Annual report of the Civil Veterinary Department, Bengal, and of the Bengal Veterinary College for the year 1906-1907 - 1906-1907
Year: 1906
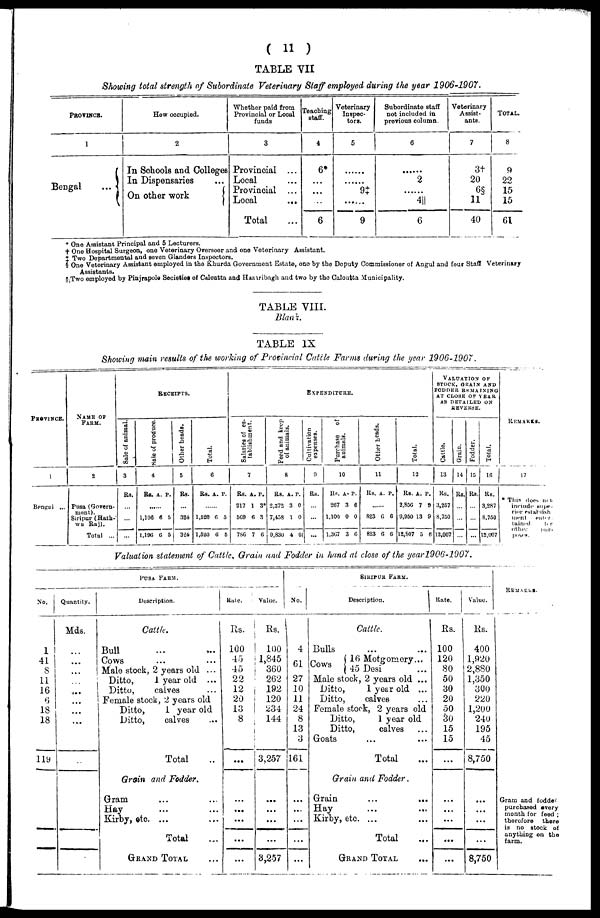
(11)
TABLE VII
Showing total strength of Subordinate Veterinary Staff employed during the year 1906-1907.
PROVINCE.
1
Bengal ...
How occupied.
2
In Schools and Colleges
In Dispensaries ...
On other work
Whether paid from
Provincial or Local
funds
3
Provincial ...
Local ...
Provincial ...
Local
...
Total ...
4
6*
...
...
...
6
Veterinary
Inspec-
tors.
5
......
......
9‡
......
9
Subordinate staff
not included in
previous column.
6
......
2
......
4
6
Veterinary
Assist-
ants.
7
3†
20
6§
11
40
TOTAL.
8
9
22
15
15
61
* One Assistant Principal and 5 Lecturers.
† One Hospital Surgeon, one Veterinary Overseer and one Veterinary Assistant.
‡ Two Departmental and seven Glanders Inspectors.
§ One Veterinary Assistant employed in the Khurda Government Estate, one by the Deputy Commissioner of Angul and four Staff Veterinary
Assistants.
TWO employed by Pinjrapole Societies of Calcutta and Hazaribagh and two by the Calcutta Municipality.
TABLE VIII.
Blank.
TABLE IX
Showing main results of the working of Provincial Cattle Farms during the year 1906-1907.
PROVINCE.
1
Bengal ...
NAME OF
FARM.
2
Pusa (Govern-
ment).
Siripur (Hath-
wa Raj).
Total ...
RECEIPTS.
Sale of animal.
3
Rs.
...
...
...
Sale of produce.
4
Rs. A. P.
......
1,196 6 5
1,196 6 5
Other heads.
5
Rs.
...
324
324
Total.
6
Rs. A. P.
......
1,520 6 5
1,520 6 5
EXPENDITURE.
Salaries of es-
tablishment.
7
Rs. A. P.
217 1 3*
569 6 3
786 7 6
Feed and keep
of animals.
8
Rs. A. P.
2,372 3 0
7,458 1 0
9,830 4 0
Cultivation
expenses.
0
Rs.
...
...
...
Purchase
of
animals.
10
Rs. A. P.
267 3 6
1,100 0 0
1,367 3 6
Other heads.
11
Rs. A. P.
......
823 6 6
823 6 6
Total.
12
Rs. A. P.
2,856 7 9
9,950 13 9
12,807 5 6
VALUATION OF
STOCK, GRAIN AND
FODDER REMAINING
AT CLOSE OP YEAR
AS DETAILED ON
REVERSE.
Cattle.
13
Rs.
3,257
8,750
12,007
Grain.
14
Rs.
...
...
...
Fodder.
15
Rs.
...
...
...
Total.
16
Rs.
3,287
8.750
12,007
REMARKS.
17
* This does not.
include supe-
rior establish
ment
enter-
tained
for
poses.
Valuation statement of Cattle, Grain and Fodder in hand at close of the year 1906-1907.
PUSA FARM.
No.
1
41
8
11
16
6
18
18
119
Quantity.
Mds.
...
...
...
...
...
...
...
...
...
Description.
Cattle.
Bull ... ...
Cows ... ...
Male stock, 2 years old ...
Ditto,
1 year old ...
Ditto,
calves ...
Female stock, 2 years old
Ditto,
1 year old
Ditto,
calves ...
Total ...
Grain and Fodder.
Gram ... ...
Hay ... ...
Kirby, etc. ... ...
Total ...
GRAND TOTAL ...
Rate.
Rs.
100
45
45
22
12
20
13
8
...
...
...
...
...
...
Value.
Rs.
100
1,845
360
262
192
120
234
144
3,257
...
...
...
...
3,257
SIRIPUR FARM.
No.
4
61
27
10
11
24
8
13
3
161
...
...
...
...
...
Description.
1
Cattle.
Bulls ... ...
Cows
16 Motgomery ...
Cows
45 Desi ...
Male stock, 2 years old ...
Ditto,
1 year old ...
Ditto,
calves ...
Female stock, 2 years old
Ditto,
1 year old
Ditto,
calves ...
Goats ... ...
Total ...
Grain and Fodder.
Grain
...
...
Hay ... ...
Kirby, etc. ... ...
Total ...
GRAND TOTAL ...
Rate.
Rs.
100
120
80
50
30
20
50
30
15
15
...
...
...
...
Value.
Rs.
400
1,920
2,880
1,350
300
220
1,200
240
195
45
8,750
...
...
8,750
REMARKS.
Gram and fodder'
purchased every
month for feed;
therefore
there
is no stock of
anything on the
farm.